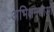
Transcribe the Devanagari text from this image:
अभिक्षमताओं